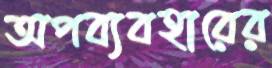
অপব্যবহারের